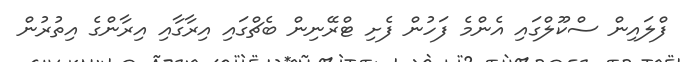
ފްލައިން ސްކޫލްގައި އެންމެ ފަހުން ފެށި ޓްރޭނިން ބެޗްގައި އިރާގާއި އިރާންގެ އިތުރުން